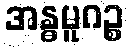
အန္ဓမူဂဉ္စ